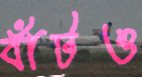
বাঁটও